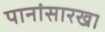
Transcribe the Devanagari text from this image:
पानांसारखा